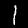
Digit: 1